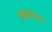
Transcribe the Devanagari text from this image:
महारागर